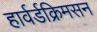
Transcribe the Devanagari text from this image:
हार्वर्डक्रिमसन